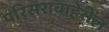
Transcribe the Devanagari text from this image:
परिसराबाहेरील